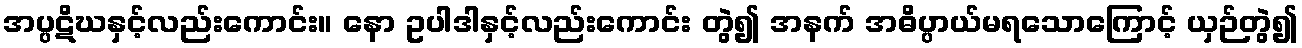
အပ္ပဋိဃနှင့်လည်းကောင်း။ နော ဥပါဒါနှင့်လည်းကောင်း တွဲ၍ အနက် အဓိပ္ပာယ်မရသောကြောင့် ယှဉ်တွဲ၍